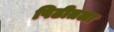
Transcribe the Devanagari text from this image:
पिढीतला